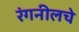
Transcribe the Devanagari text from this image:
रंगनीलचे